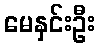
မေနှင်းဦး